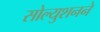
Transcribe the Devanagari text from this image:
सोल्युशनने